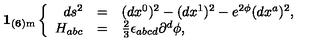
{ \bf 1 _ { ( 6 ) \mathrm { m } } } \left\{ \begin{array} { r c l } { d s ^ { 2 } } & { = } & { ( d x ^ { 0 } ) ^ { 2 } - ( d x ^ { 1 } ) ^ { 2 } - e ^ { 2 { \phi } } ( d x ^ { a } ) ^ { 2 } , } \\ { { H } _ { a b c } } & { = } & { { \textstyle \frac { 2 } { 3 } } \epsilon _ { a b c d } \partial ^ { d } { \phi } , } \\ \end{array} \right.